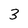
Character: 3